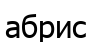
абрис